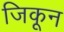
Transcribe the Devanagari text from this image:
जिकून